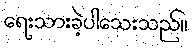
ရေးသားခဲ့ပါသေးသည်။